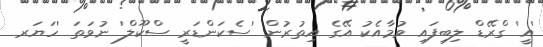
'އީ' ގްރޭޑް ލިބިފައި ވުމާއެކު އޭގެ އިތުރުން 'ސެކަންޑަރީ ސްކޫލް' ނުވަތަ 'ހަޔަރ